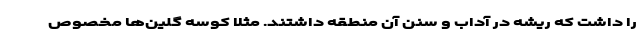
را داشت که ریشه در آداب و سنن آن منطقه داشتند. مثلا کوسه گلین‌ها مخصوص